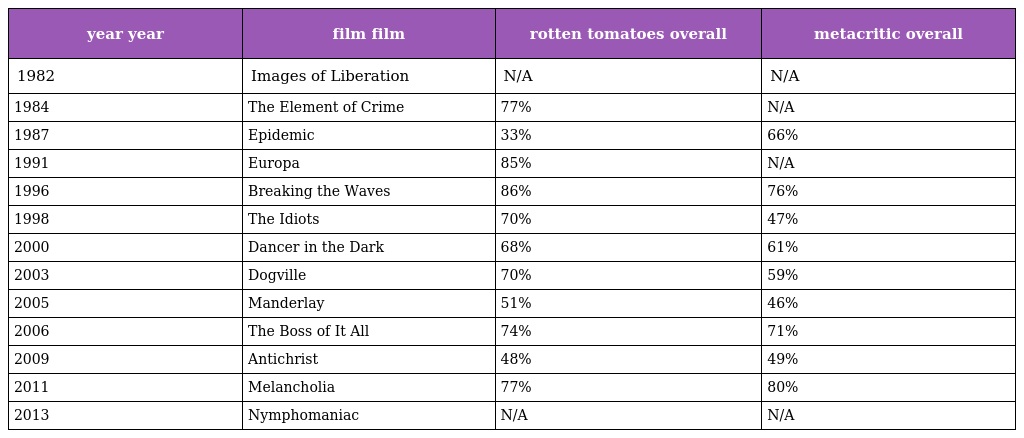
| year year | film film | rotten tomatoes overall | metacritic overall |
 | --- | --- | --- | --- |
 | 1982 | Images of Liberation | N/A | N/A |
 | 1984 | The Element of Crime | 77% | N/A |
 | 1987 | Epidemic | 33% | 66% |
 | 1991 | Europa | 85% | N/A |
 | 1996 | Breaking the Waves | 86% | 76% |
 | 1998 | The Idiots | 70% | 47% |
 | 2000 | Dancer in the Dark | 68% | 61% |
 | 2003 | Dogville | 70% | 59% |
 | 2005 | Manderlay | 51% | 46% |
 | 2006 | The Boss of It All | 74% | 71% |
 | 2009 | Antichrist | 48% | 49% |
 | 2011 | Melancholia | 77% | 80% |
 | 2013 | Nymphomaniac | N/A | N/A |